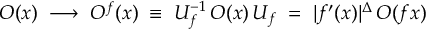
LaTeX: { \cal O } ( x ) \; \longrightarrow \; { \cal O } ^ { f } ( x ) \; \equiv \; { \cal U } _ { f } ^ { - 1 } \, { \cal O } ( x ) \, { \cal U } _ { f } \; = \; | f ^ { \prime } ( x ) | ^ { \Delta } \, { \cal O } ( f x )